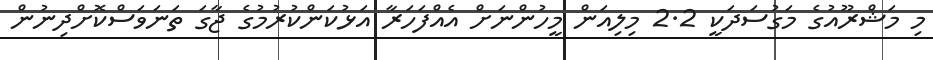
މި މަޝްރޫއުގެ މަގުސަދަކީ 2.2 މިލިއަން މީހުންނަށް އެއްފަހަރާ އަޅުކަންކުރުމުގެ ޖާގަ ތަނަވަސްކޮށްދިނުން